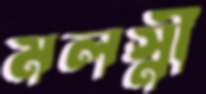
মলস্নী